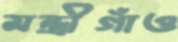
মন্ত্রীগাঁও